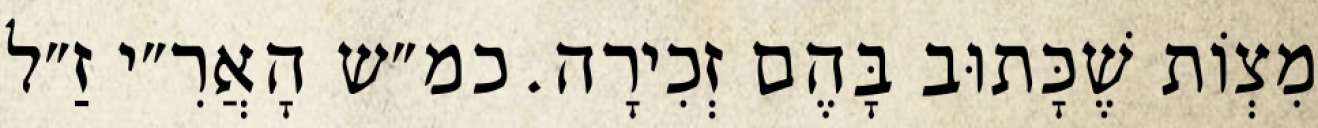
מִצְוֹת שֶׁכָּתוּב בָּהֶם זְכִירָה. כמ״ש הָאֲרִ״י זַ״ל